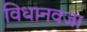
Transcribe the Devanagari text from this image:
विधानवजा